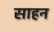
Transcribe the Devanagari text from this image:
साहन